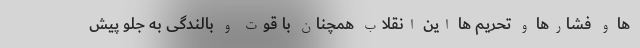
ها و فشارها و تحریم ها این انقلاب همچنان با قوت و بالندگی به جلو پیش